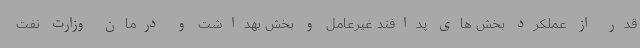
قدر از عملکرد بخش های پدافند غیرعامل و بخش بهداشت و درمان وزارت نفت